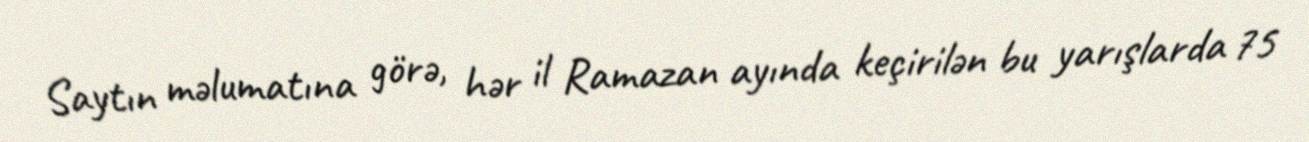
Saytın məlumatına görə, hər il Ramazan ayında keçirilən bu yarışlarda 75